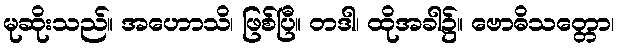
မုဆိုးသည်။ အဟောသိ၊ ဖြစ်ပြီ။ တဒါ၊ ထိုအခါ၌။ ဗောဓိသတ္တော၊